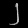
Digit: ၂